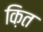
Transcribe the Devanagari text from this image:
क़ित